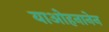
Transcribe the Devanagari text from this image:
याओहनानेन